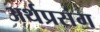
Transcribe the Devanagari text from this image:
अर्थप्रसंग